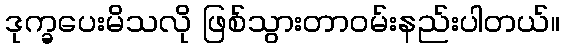
ဒုက္ခပေးမိသလို ဖြစ်သွားတာဝမ်းနည်းပါတယ်။